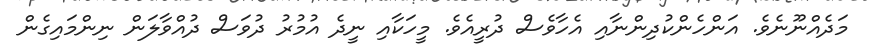
މަދެއްނޫނެވެ. އަންހެންކުދިންނާއި އެހާވެސް ދުރީއެވެ. މީހަކާއި ނީދެ އުމުރު ދުވަސް ދުއްވާލަން ނިންމައިގެން